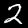
Digit: 2